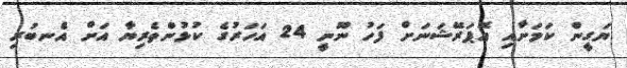
ޔަގީން ކަމަށާއި އޮޕަރޭޝަނަށް ފަހު ނޫނީ 24 އަހަރުގެ ކުޅުންތެރިޔާ އަށް އެނބުރި